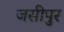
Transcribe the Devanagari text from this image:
जसीपुर